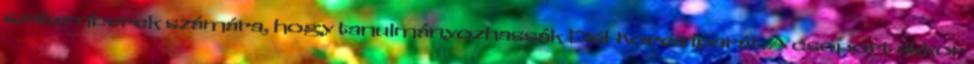
szakemberek számára, hogy tanulmányozhassák Dél-Korea iparát. A csoport akkor